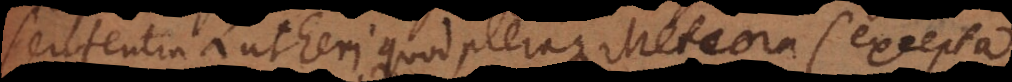
sententia Lutheri quod pleraque Meteora (excepta